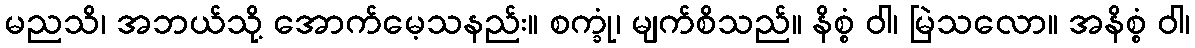
မညသိ၊ အဘယ်သို့ အောက်မေ့သနည်း။ စက္ခုံ၊ မျက်စိသည်။ နိစ္စံ ဝါ၊ မြဲသလော။ အနိစ္စံ ဝါ၊